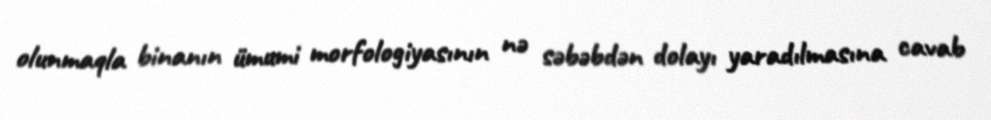
olunmaqla binanın ümumi morfologiyasının nə səbəbdən dolayı yaradılmasına cavab